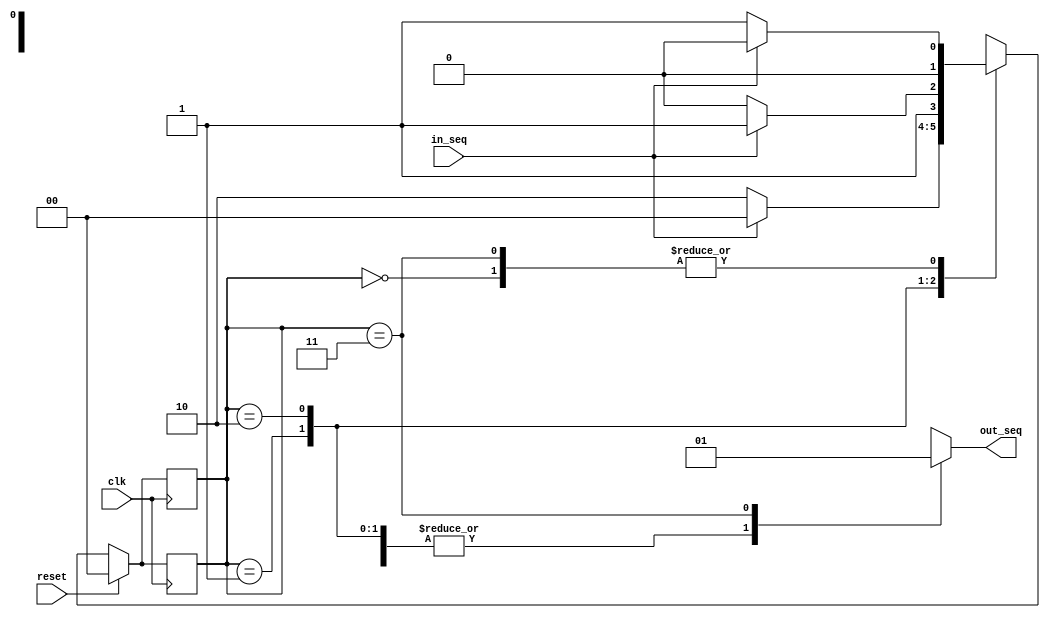
module moore_001(reset,clk,in_seq,out_seq);
input reset;
input clk;
input in_seq;
output out_seq;


parameter S0 = 3'b00, S1 = 3'b01, S2 = 3'b10, S3 = 3'b11;
reg out_seq;

reg [1:0] state; 
reg [1:0] next_state;

always @ (posedge clk)
begin
  if (reset)
    state<= S0;
  else
    state<= next_state;
end
  
always @ (state or in_seq)
begin 
next_state = 2'b00;
case(state)

  S0 : begin
  out_seq = 1'b0;
  if (in_seq == 1'b0)
  next_state = S1;
  else
  next_state = S0;
  end

  S1 : begin
  out_seq = 1'b0;
  if (in_seq == 1'b0)
  next_state = S2;
  else
  next_state = S0;
  end

  S2 : begin
  out_seq = 1'b0;
  if (in_seq == 1'b0)
  next_state = S2;
  else
  next_state = S3;
  end

  S3 : begin
  out_seq = 1'b1;
  if (in_seq == 1'b0)
  next_state = S1;
  else
  next_state = S0;
  end

  default : begin
  next_state = S0; out_seq = 1'b0;
  end
endcase
end

always @ (posedge clk)
begin 
if (reset == 1'b1) state <= S0;
else state <= next_state;
end
endmodule